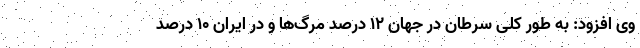
وی افزود: به طور کلی سرطان در جهان ۱۲ درصد مرگ‌ها و در ایران ۱۰ درصد